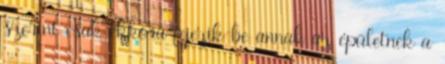
szerint csak ekkora fejezik be annak az épületnek a